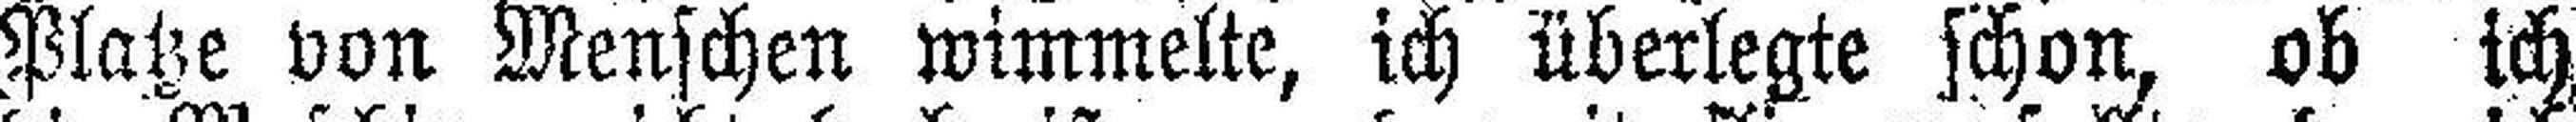
Platze von Menschen wimmelte, ich überlegte schon, ob ich